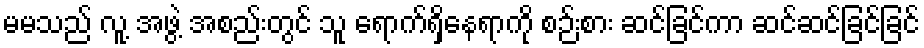
မမသည် လူ့ အဖွဲ့ အစည်းတွင် သူ ရောက်ရှိနေရာကို စဉ်းစား ဆင်ခြင်ကာ ဆင်ဆင်ခြင်ခြင်